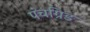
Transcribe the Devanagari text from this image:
पंचग्रिड